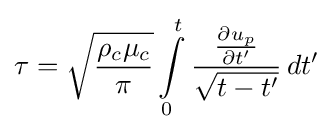
\tau ={\sqrt {\frac {\rho _{c}\mu _{c}}{\pi }}}\int \limits _{0}^{t}{\frac {\frac {\partial u_{p}}{\partial t'}}{\sqrt {t-t'}}}\,dt'